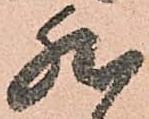
然